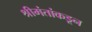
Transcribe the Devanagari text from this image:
श्रीमंतांकडून